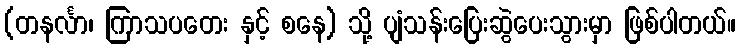
(တနင်္လာ၊ ကြာသပတေး နှင့် စနေ) သို့ ပျံသန်းပြေးဆွဲပေးသွားမှာ ဖြစ်ပါတယ်။